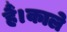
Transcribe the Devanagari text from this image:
हैं।काले